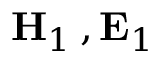
\mathbf { H } _ { 1 } \, , \mathbf { E } _ { 1 }